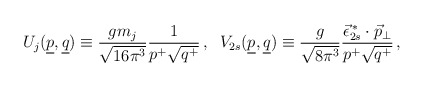
\begin{align*}U_j(\underline{p},\underline{q}) \equiv \frac{gm_j}{\sqrt{16\pi^3}}\frac{1}{p^+\sqrt{q^+}}\,,\;\;V_{2s}(\underline{p},\underline{q}) \equiv \frac{g}{\sqrt{8\pi^3}} \frac{\vec{\epsilon}_{2s}^{\,*}\cdot\vec{p}_\perp}{p^+\sqrt{q^+}}\,,\end{align*}